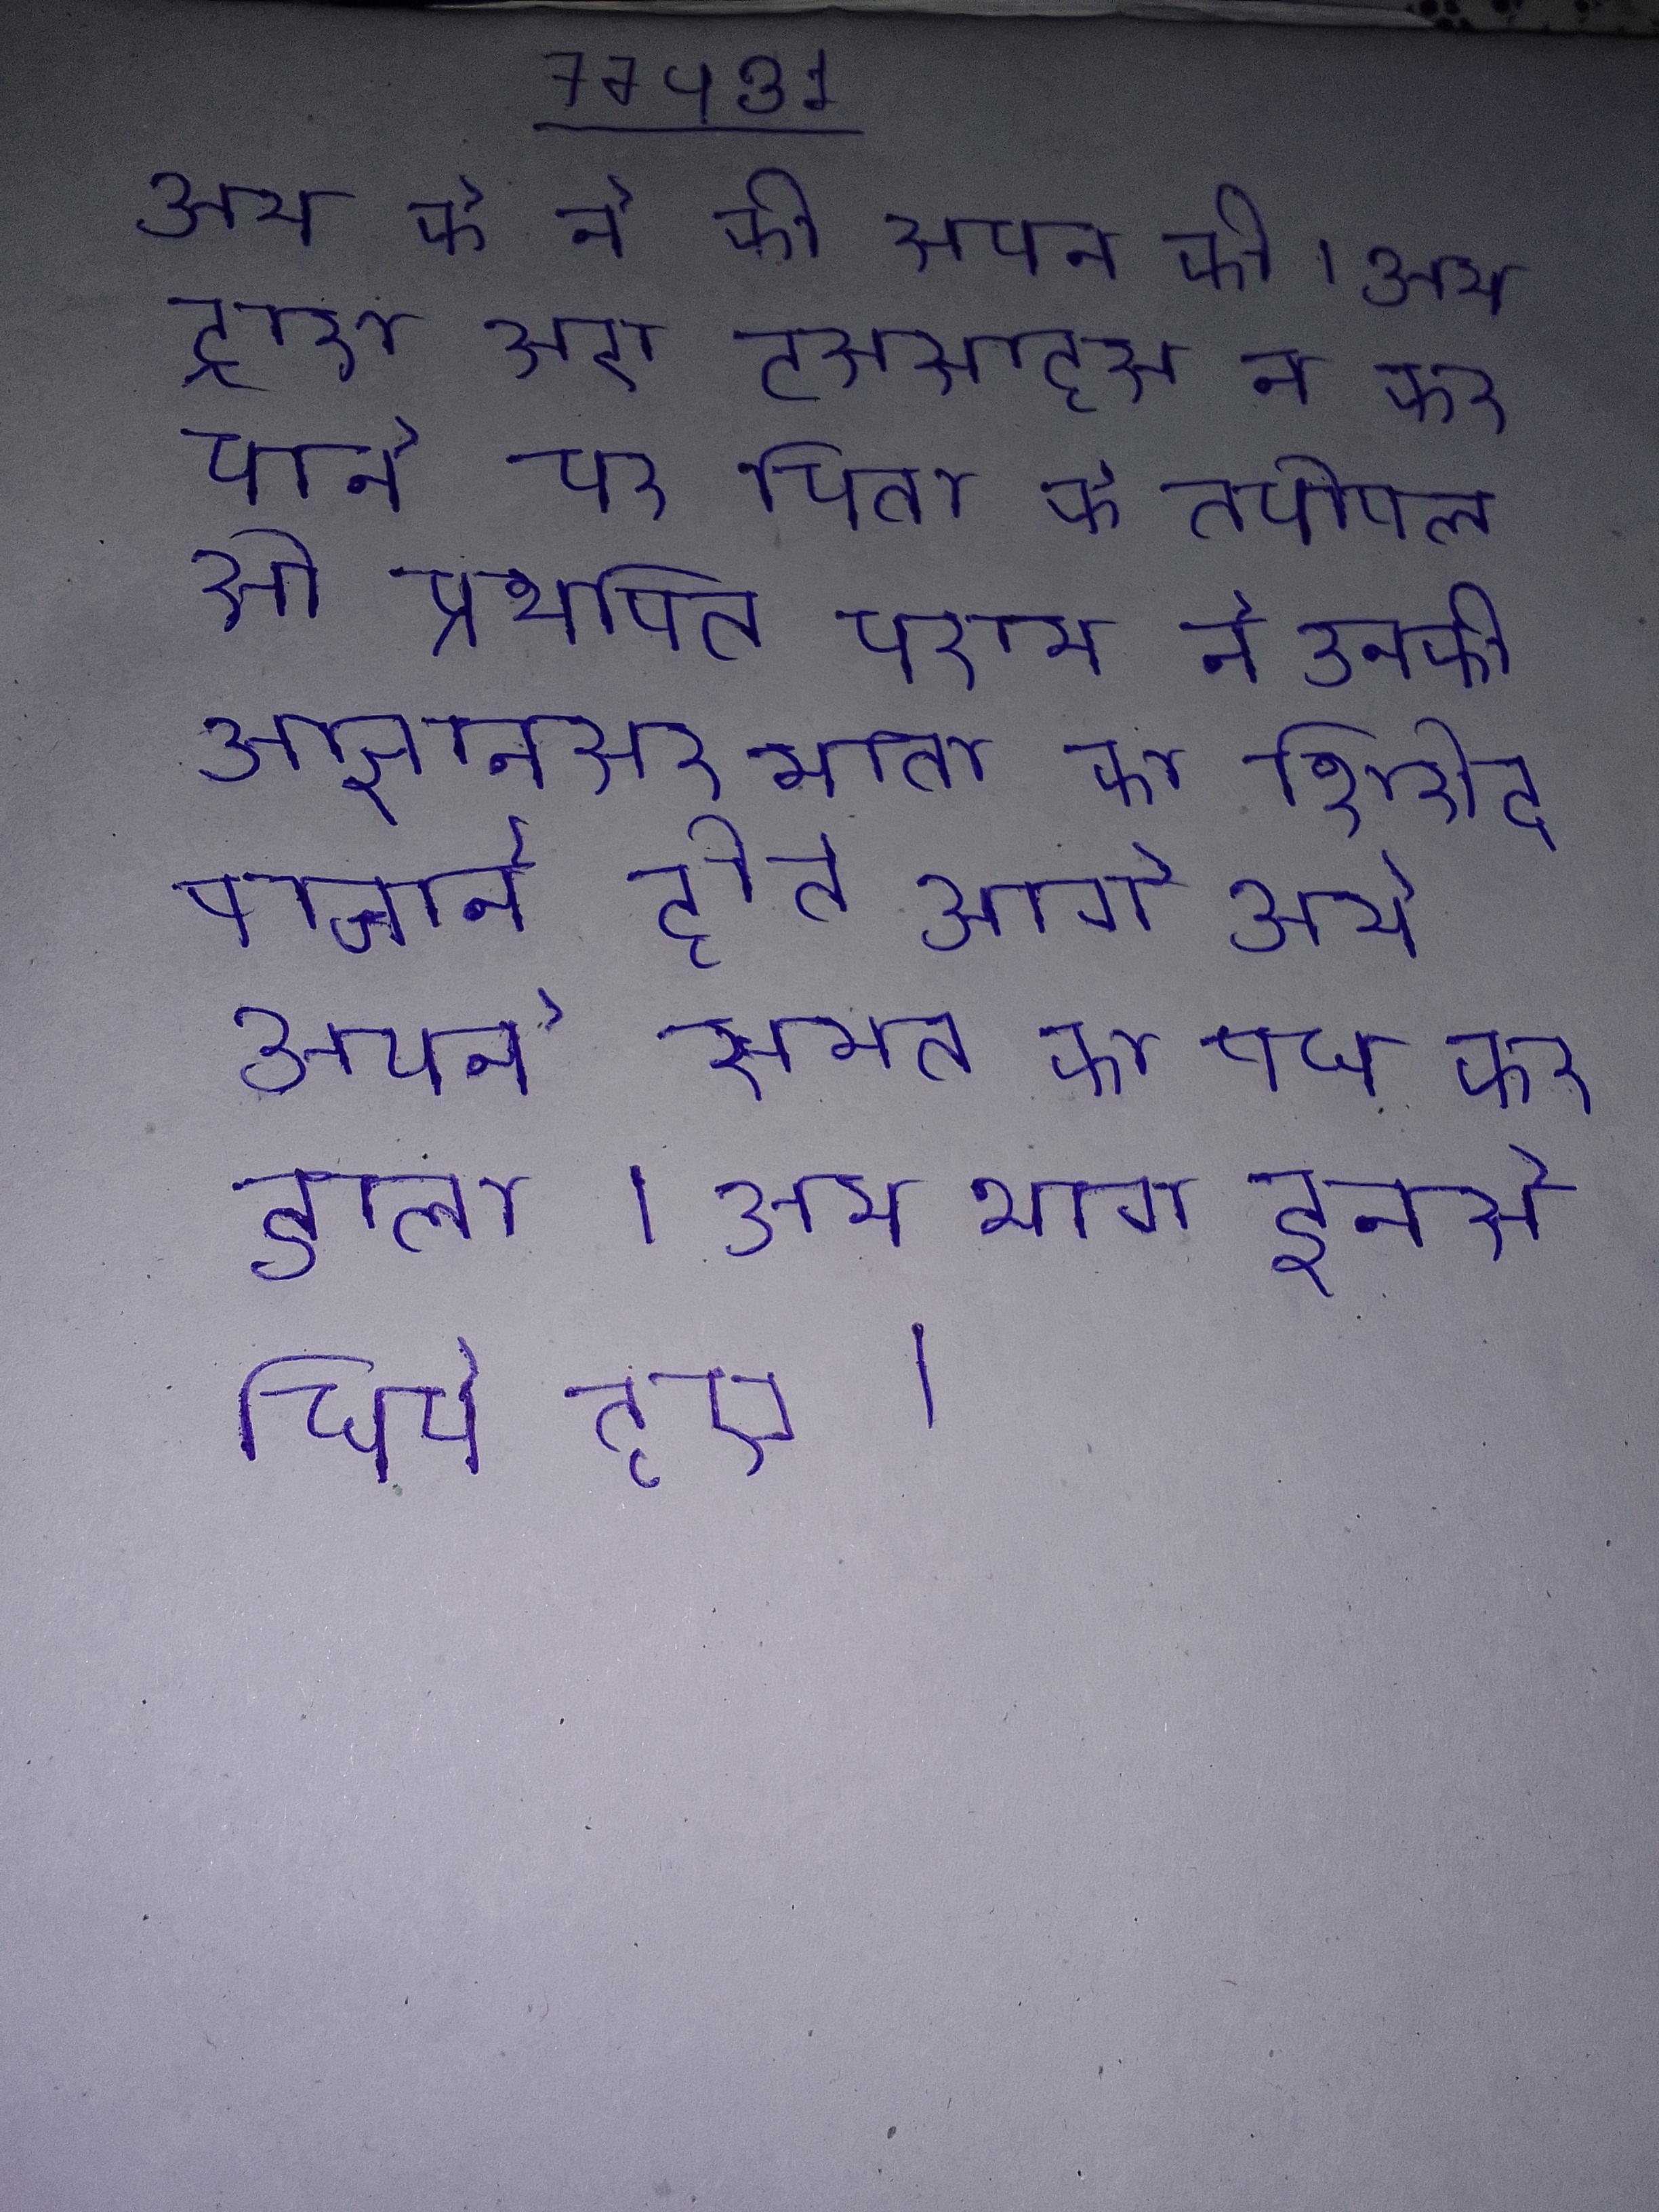
अन्य के ने की स्थापना की । अन्य द्वारा ऐसा दुस्साहस न कर पाने पर पिता के तपोबल से प्रभावित परशुराम ने उनकी आज्ञानुसार माता का शिरोच्छेद बचाने हेतु आगे आये अपने समस्त का वध कर डाला । अन्य भाग इनसे छिपे हुए ।